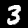
Digit: 3